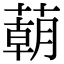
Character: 𦺓